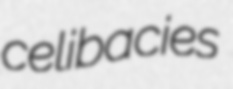
celibacies